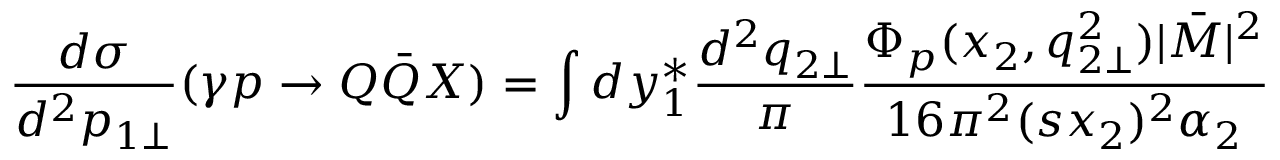
\frac { d \sigma } { d ^ { 2 } p _ { 1 \bot } } ( \gamma p \to Q \bar { Q } X ) = \int d y _ { 1 } ^ { \ast } \frac { d ^ { 2 } q _ { 2 \bot } } { \pi } \frac { \Phi _ { p } ( x _ { 2 } , q _ { 2 \bot } ^ { 2 } ) | \bar { M } | ^ { 2 } } { 1 6 \pi ^ { 2 } ( s x _ { 2 } ) ^ { 2 } \alpha _ { 2 } }